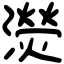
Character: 濙